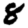
Digit: 8